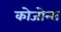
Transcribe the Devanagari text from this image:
कोजोन्स